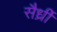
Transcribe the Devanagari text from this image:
सैर्ध्रीं